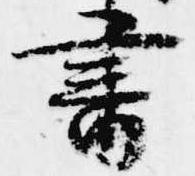
書